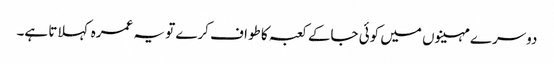
دوسرے مہینوں میں کوئی جاکے کعبہ کا طواف کرے تو یہ عمرہ کہلاتا ہے۔